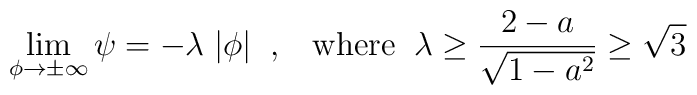
\lim_{\phi \to \pm \infty} \psi = - \lambda \; |\phi| \; \; , \; \; \; {\rm where} \; \; \lambda \ge \frac{2 - a}{\sqrt{1 - a^2}} \ge \sqrt{3}